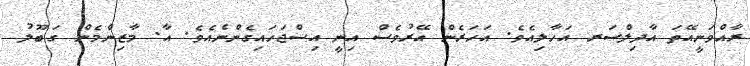
ރާއްވަނީއޭތަ އާދިލްސަރ އަހާލިއެވެ. އަހަރެން އޭރުވެސް އިނީ އިސްޖަހައިގެންނެއެވެ. އާ. މާޒިންމެން ގަބޫލު